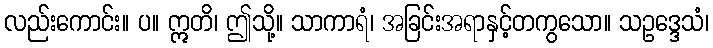
လည်းကောင်း။ ပ။ ဣတိ၊ ဤသို့။ သာကာရံ၊ အခြင်းအရာနှင့်တကွသော။ သဥဒ္ဒေသံ၊